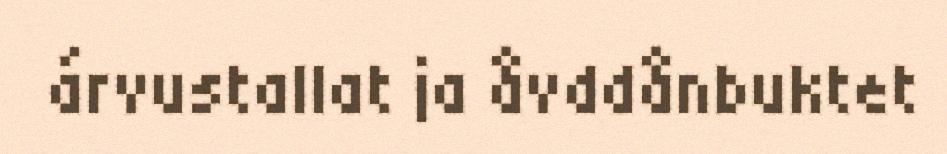
árvustallat ja åvddånbuktet